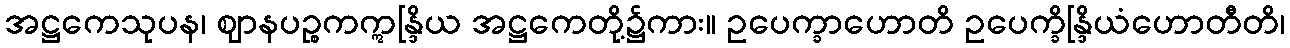
အဋ္ဌကေသုပန၊ ဈာနပဉ္စကဣန္ဒြိယ အဋ္ဌကေတို့၌ကား။ ဥပေက္ခာဟောတိ ဥပေက္ခိန္ဒြိယံဟောတီတိ၊